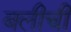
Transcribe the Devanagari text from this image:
बलीची